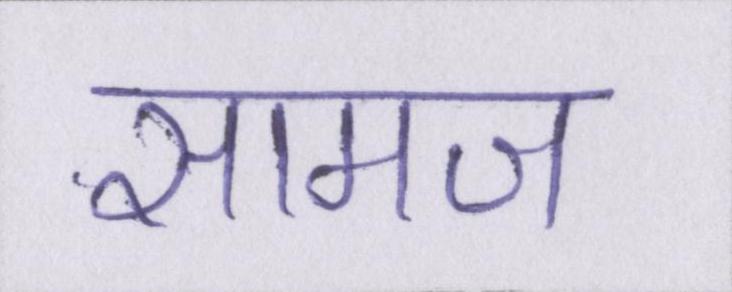
सामज